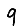
Digit: 9